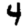
Digit: 4